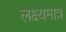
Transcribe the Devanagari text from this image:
लक्ष्यमात्र